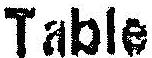
TABLE